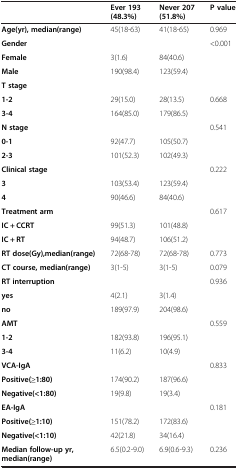
|  | Ever 193(48.3%) | Never 207(51.8%) | P value |
 | --- | --- | --- | --- |
 | Age(yr), median(range) | 45(18-63) | 41(18-65) | 0.969 |
 | Gender |  |  | <0.001 |
 | Female | 3(1.6) | 84(40.6) |  |
 | Male | 190(98.4) | 123(59.4) |  |
 | T stage |  |  |  |
 | 1-2 | 29(15.0) | 28(13.5) | 0.668 |
 | 3-4 | 164(85.0) | 179(86.5) |  |
 | N stage |  |  | 0.541 |
 | 0-1 | 92(47.7) | 105(50.7) |  |
 | 2-3 | 101(52.3) | 102(49.3) |  |
 | Clinical stage |  |  | 0.222 |
 | 3 | 103(53.4) | 123(59.4) |  |
 | 4 | 90(46.6) | 84(40.6) |  |
 | Treatment arm |  |  | 0.617 |
 | IC + CCRT | 99(51.3) | 101(48.8) |  |
 | IC + RT | 94(48.7) | 106(51.2) |  |
 | RT dose(Gy),median(range) | 72(68-78) | 72(68-78) | 0.773 |
 | CT course, median(range) | 3(1-5) | 3(1-5) | 0.079 |
 | RT interruption |  |  | 0.936 |
 | yes | 4(2.1) | 3(1.4) |  |
 | no | 189(97.9) | 204(98.6) |  |
 | AMT |  |  | 0.559 |
 | 1-2 | 182(93.8) | 196(95.1) |  |
 | 3-4 | 11(6.2) | 10(4.9) |  |
 | VCA-IgA |  |  | 0.833 |
 | Positive(≥1:80) | 174(90.2) | 187(96.6) |  |
 | Negative(<1:80) | 19(9.8) | 19(3.4) |  |
 | EA-IgA |  |  | 0.181 |
 | Positive(≥1:10) | 151(78.2) | 172(83.6) |  |
 | Negative(<1:10) | 42(21.8) | 34(16.4) |  |
 | Median follow-up yr, median(range) | 6.5(0.2-9.0) | 6.9(0.6-9.3) | 0.236 |